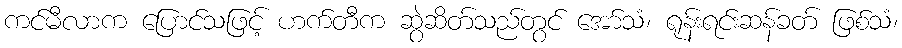
ကင်မီလာက ပြောင်သဖြင့် ဟက်တီက ဆွဲဆိတ်သည်တွင် အော်သံ၊ ရုန်းရင်းဆန်ခတ် ဖြစ်သံ၊